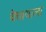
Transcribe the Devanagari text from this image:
वेचायाला